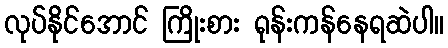
လုပ်နိုင်အောင် ကြိုးစား ရုန်းကန်နေရဆဲပါ။